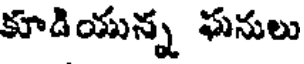
కూడియున్న ఘనులు